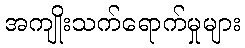
အကျိုးသက်ရောက်မှုများ